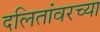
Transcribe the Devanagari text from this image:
दलितांवरच्या